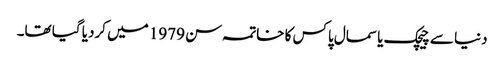
دنیا سے چیچک یا سمال پاکس کا خاتمہ سن 1979 میں کردیا گیا تھا۔